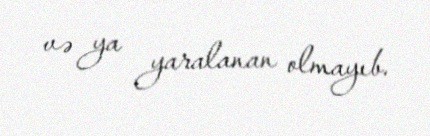
və ya yaralanan olmayıb.